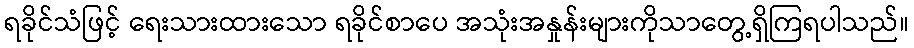
ရခိုင်သံဖြင့် ရေးသားထားသော ရခိုင်စာပေ အသုံးအနှုန်းများကိုသာတွေ့ရှိကြရပါသည်။